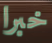
خبرا